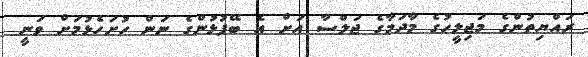
ރައްޔިތުންގެ މަޖިލީހުގެ މާދަމާގެ ޖަލްސާ އަށް އެ ބޭފުޅުންގެ ނަން ހުށަހެޅުމަށް ވަނީ